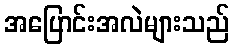
အပြောင်းအလဲများသည်